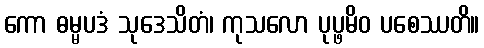
ကော ဓမ္မပဒံ သုဒေသိတံ၊ ကုသလော ပုပ္ဖမိဝ ပစေဿတိ။